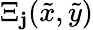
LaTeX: \Xi_{\mathbf{j}}(\tilde{{x}},\tilde{{y}})